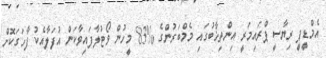
އެމްޑީޕީ ރިޔާސީ ޕްރައިމަރީ އިންތިޚާބުގައި މެމްބަރުންގެ %83 މީހުން ވޯޓުލާފައިވާކަން އުފަލާއެކު ފާހަގަކޮށް